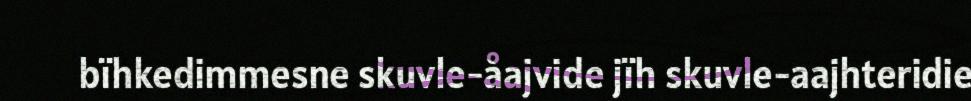
bïhkedimmesne skuvle-åajvide jïh skuvle-aajhteridie